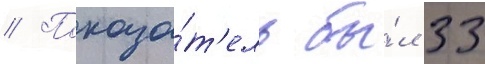
// Показа́т'ель бы́л 33